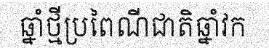
ឆ្នាំថ្មីប្រពៃណីជាតិឆ្នាំវក